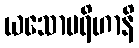
ယသောပရိဟာနိ